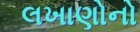
લખાણોનો